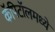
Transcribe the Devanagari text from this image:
कॅपिटॉलमध्ये